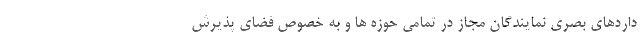
داردهای بصری نمایندگان مجاز در تمامی حوزه ها و به خصوص فضای پذیرش